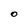
Character: O